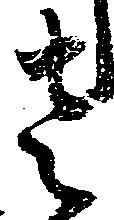
左